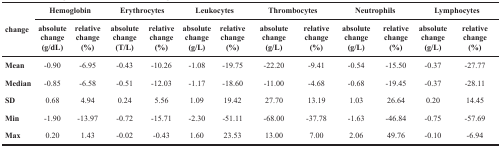
<table><thead><tr><td rowspan="2"><b>change</b></td><td colspan="2"><b>Hemoglobin</b></td><td colspan="2"><b>Erythrocytes</b></td><td colspan="2"><b>Leukocytes</b></td><td colspan="2"><b>Thrombocytes</b></td><td colspan="2"><b>Neutrophils</b></td><td colspan="2"><b>Lymphocytes</b></td></tr><tr><td><b>absolute change(g/dL)</b></td><td><b>relativechange(%)</b></td><td><b>absolute change(T/L)</b></td><td><b>relative change(%)</b></td><td><b>absolute change(g/L)</b></td><td><b>relative change(%)</b></td><td><b>absolute change(g/L)</b></td><td><b>relative change(%)</b></td><td><b>absolute change(g/L)</b></td><td><b>relative change(%)</b></td><td><b>absolute change(g/L)</b></td><td><b>relative change(%)</b></td></tr></thead><tbody><tr><td><b>Mean</b></td><td>−0.90</td><td>−6.95</td><td>−0.43</td><td>−10.26</td><td>−1.08</td><td>−19.75</td><td>−22.20</td><td>−9.41</td><td>−0.54</td><td>−15.50</td><td>−0.37</td><td>−27.77</td></tr><tr><td><b>Median</b></td><td>−0.85</td><td>−6.58</td><td>−0.51</td><td>−12.03</td><td>−1.17</td><td>−18.60</td><td>−11.00</td><td>−4.68</td><td>−0.68</td><td>−19.45</td><td>−0.37</td><td>−28.11</td></tr><tr><td><b>SD</b></td><td>0.68</td><td>4.94</td><td>0.24</td><td>5.56</td><td>1.09</td><td>19.42</td><td>27.70</td><td>13.19</td><td>1.03</td><td>26.64</td><td>0.20</td><td>14.45</td></tr><tr><td><b>Min</b></td><td>−1.90</td><td>−13.97</td><td>−0.72</td><td>−15.71</td><td>−2.30</td><td>−51.11</td><td>−68.00</td><td>−37.78</td><td>−1.63</td><td>−46.84</td><td>−0.75</td><td>−57.69</td></tr><tr><td><b>Max</b></td><td>0.20</td><td>1.43</td><td>−0.02</td><td>−0.43</td><td>1.60</td><td>23.53</td><td>13.00</td><td>7.00</td><td>2.06</td><td>49.76</td><td>−0.10</td><td>−6.94</td></tr></tbody></table>